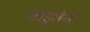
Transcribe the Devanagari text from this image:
नाझीना